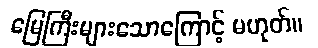
မြေကြီးများသောကြောင့် မဟုတ်။